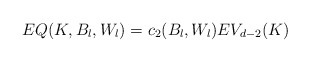
\begin{align*}EQ(K,B_l,W_l)=c_2(B_l,W_l) E V_{d-2}(K) \end{align*}